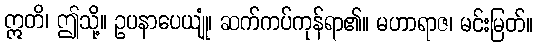
ဣတိ၊ ဤသို့။ ဥပနာပေယျုံ၊ ဆက်ကပ်ကုန်ရာ၏။ မဟာရာဇ၊ မင်းမြတ်။